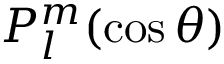
P _ { l } ^ { m } ( \cos \theta )